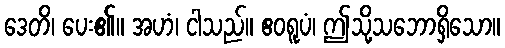
ဒေတိ၊ ပေး၏။ အဟံ၊ ငါသည်။ ဧဝရူပံ၊ ဤသို့သဘောရှိသော။